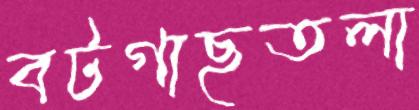
বটগাছতলা